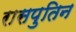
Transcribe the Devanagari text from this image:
रासपुतिन